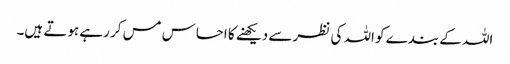
اللہ کے بندے کو اللہ کی نظر سے دیکھنے کا احساس مس کر رہے ہوتے ہیں۔